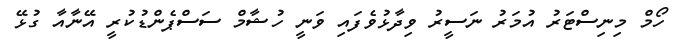
ހޯމް މިނިސްޓަރު އުމަރު ނަސީރު ވިދާޅުވެފައި ވަނީ ހުޝާމް ސަސްޕެންޑުކުރީ އޭނާއާ ގުޅޭ